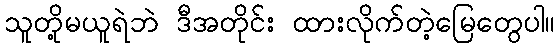
သူတို့မယူရဲဘဲ ဒီအတိုင်း ထားလိုက်တဲ့မြေတွေပါ။